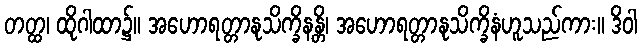
တတ္ထ၊ ထိုဂါထာ၌။ အဟောရတ္တာနုသိက္ခိနန္တိ၊ အဟောရတ္တာနုသိက္ခိနံဟူသည်ကား။ ဒိဝါ